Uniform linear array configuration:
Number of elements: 16
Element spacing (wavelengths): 1
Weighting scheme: binomial
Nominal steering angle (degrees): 45
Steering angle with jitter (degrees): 45.797
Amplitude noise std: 0.05
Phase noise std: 0.05

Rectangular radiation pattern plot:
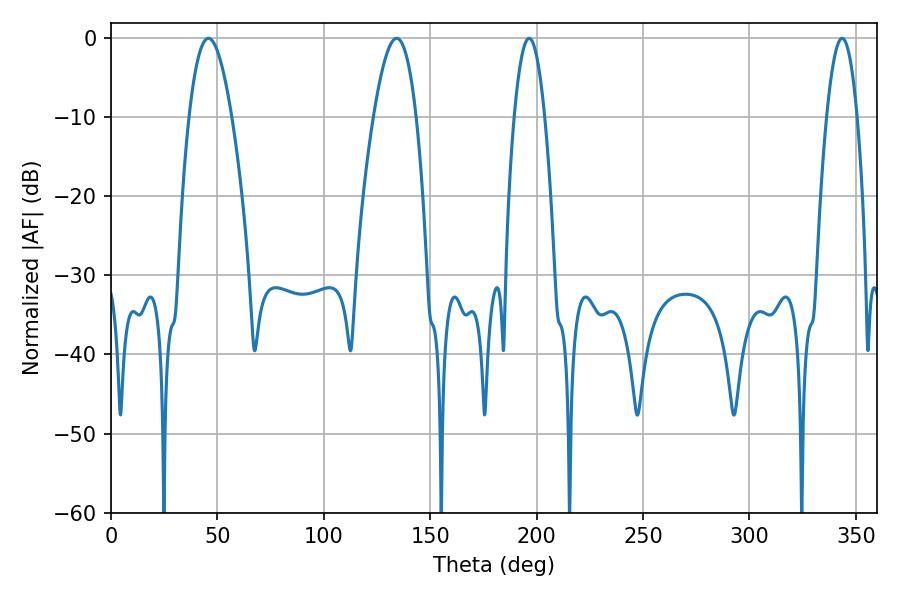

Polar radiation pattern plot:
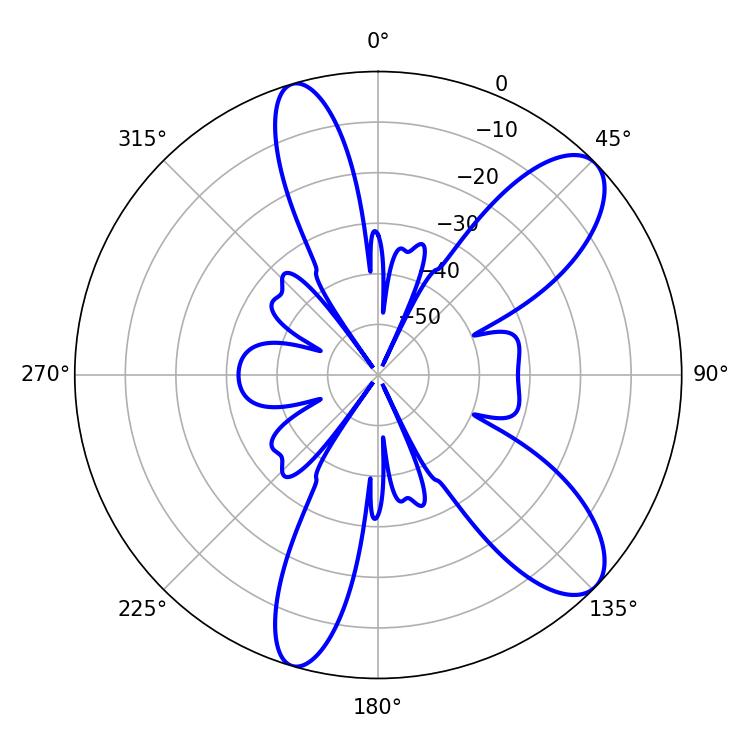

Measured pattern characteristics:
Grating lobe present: TRUE
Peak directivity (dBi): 9.735
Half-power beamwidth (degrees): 10.8
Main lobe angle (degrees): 45.72